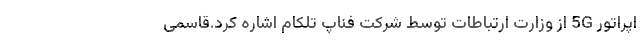
اپراتور 5G از وزارت ارتباطات توسط شركت فناپ تلكام اشاره كرد.قاسمی